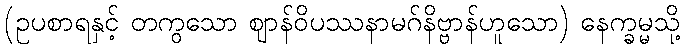
(ဥပစာရနှင့် တကွသော ဈာန်ဝိပဿနာမဂ်နိဗ္ဗာန်ဟူသော) နေက္ခမ္မသို့